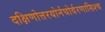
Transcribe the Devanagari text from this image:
दक्षिणोत्तरयोर्नघोर्वरणासिश्च